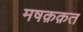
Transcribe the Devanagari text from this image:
मषक़क़त